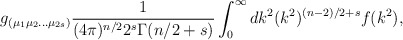
\begin{align*}g_{(\mu_1\mu_2\ldots\mu_{2s})} \frac{1}{(4\pi)^{n/2}2^s\Gamma(n/2+ s)} \int_{0}^{\infty}dk^2(k^2)^{(n-2)/2 + s} f(k^2),\end{align*}